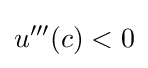
u'''(c)<0